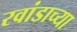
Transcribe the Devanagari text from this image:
रवांडाच्या